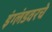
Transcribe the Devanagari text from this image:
इंग्लंडवरचे